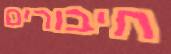
חיבורים